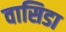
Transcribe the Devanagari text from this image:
वासिडा